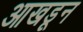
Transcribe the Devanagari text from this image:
आखडून